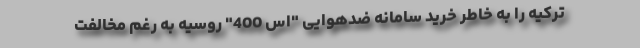
ترکیه را به خاطر خرید سامانه ضدهوایی "اس 400" روسیه به رغم مخالفت